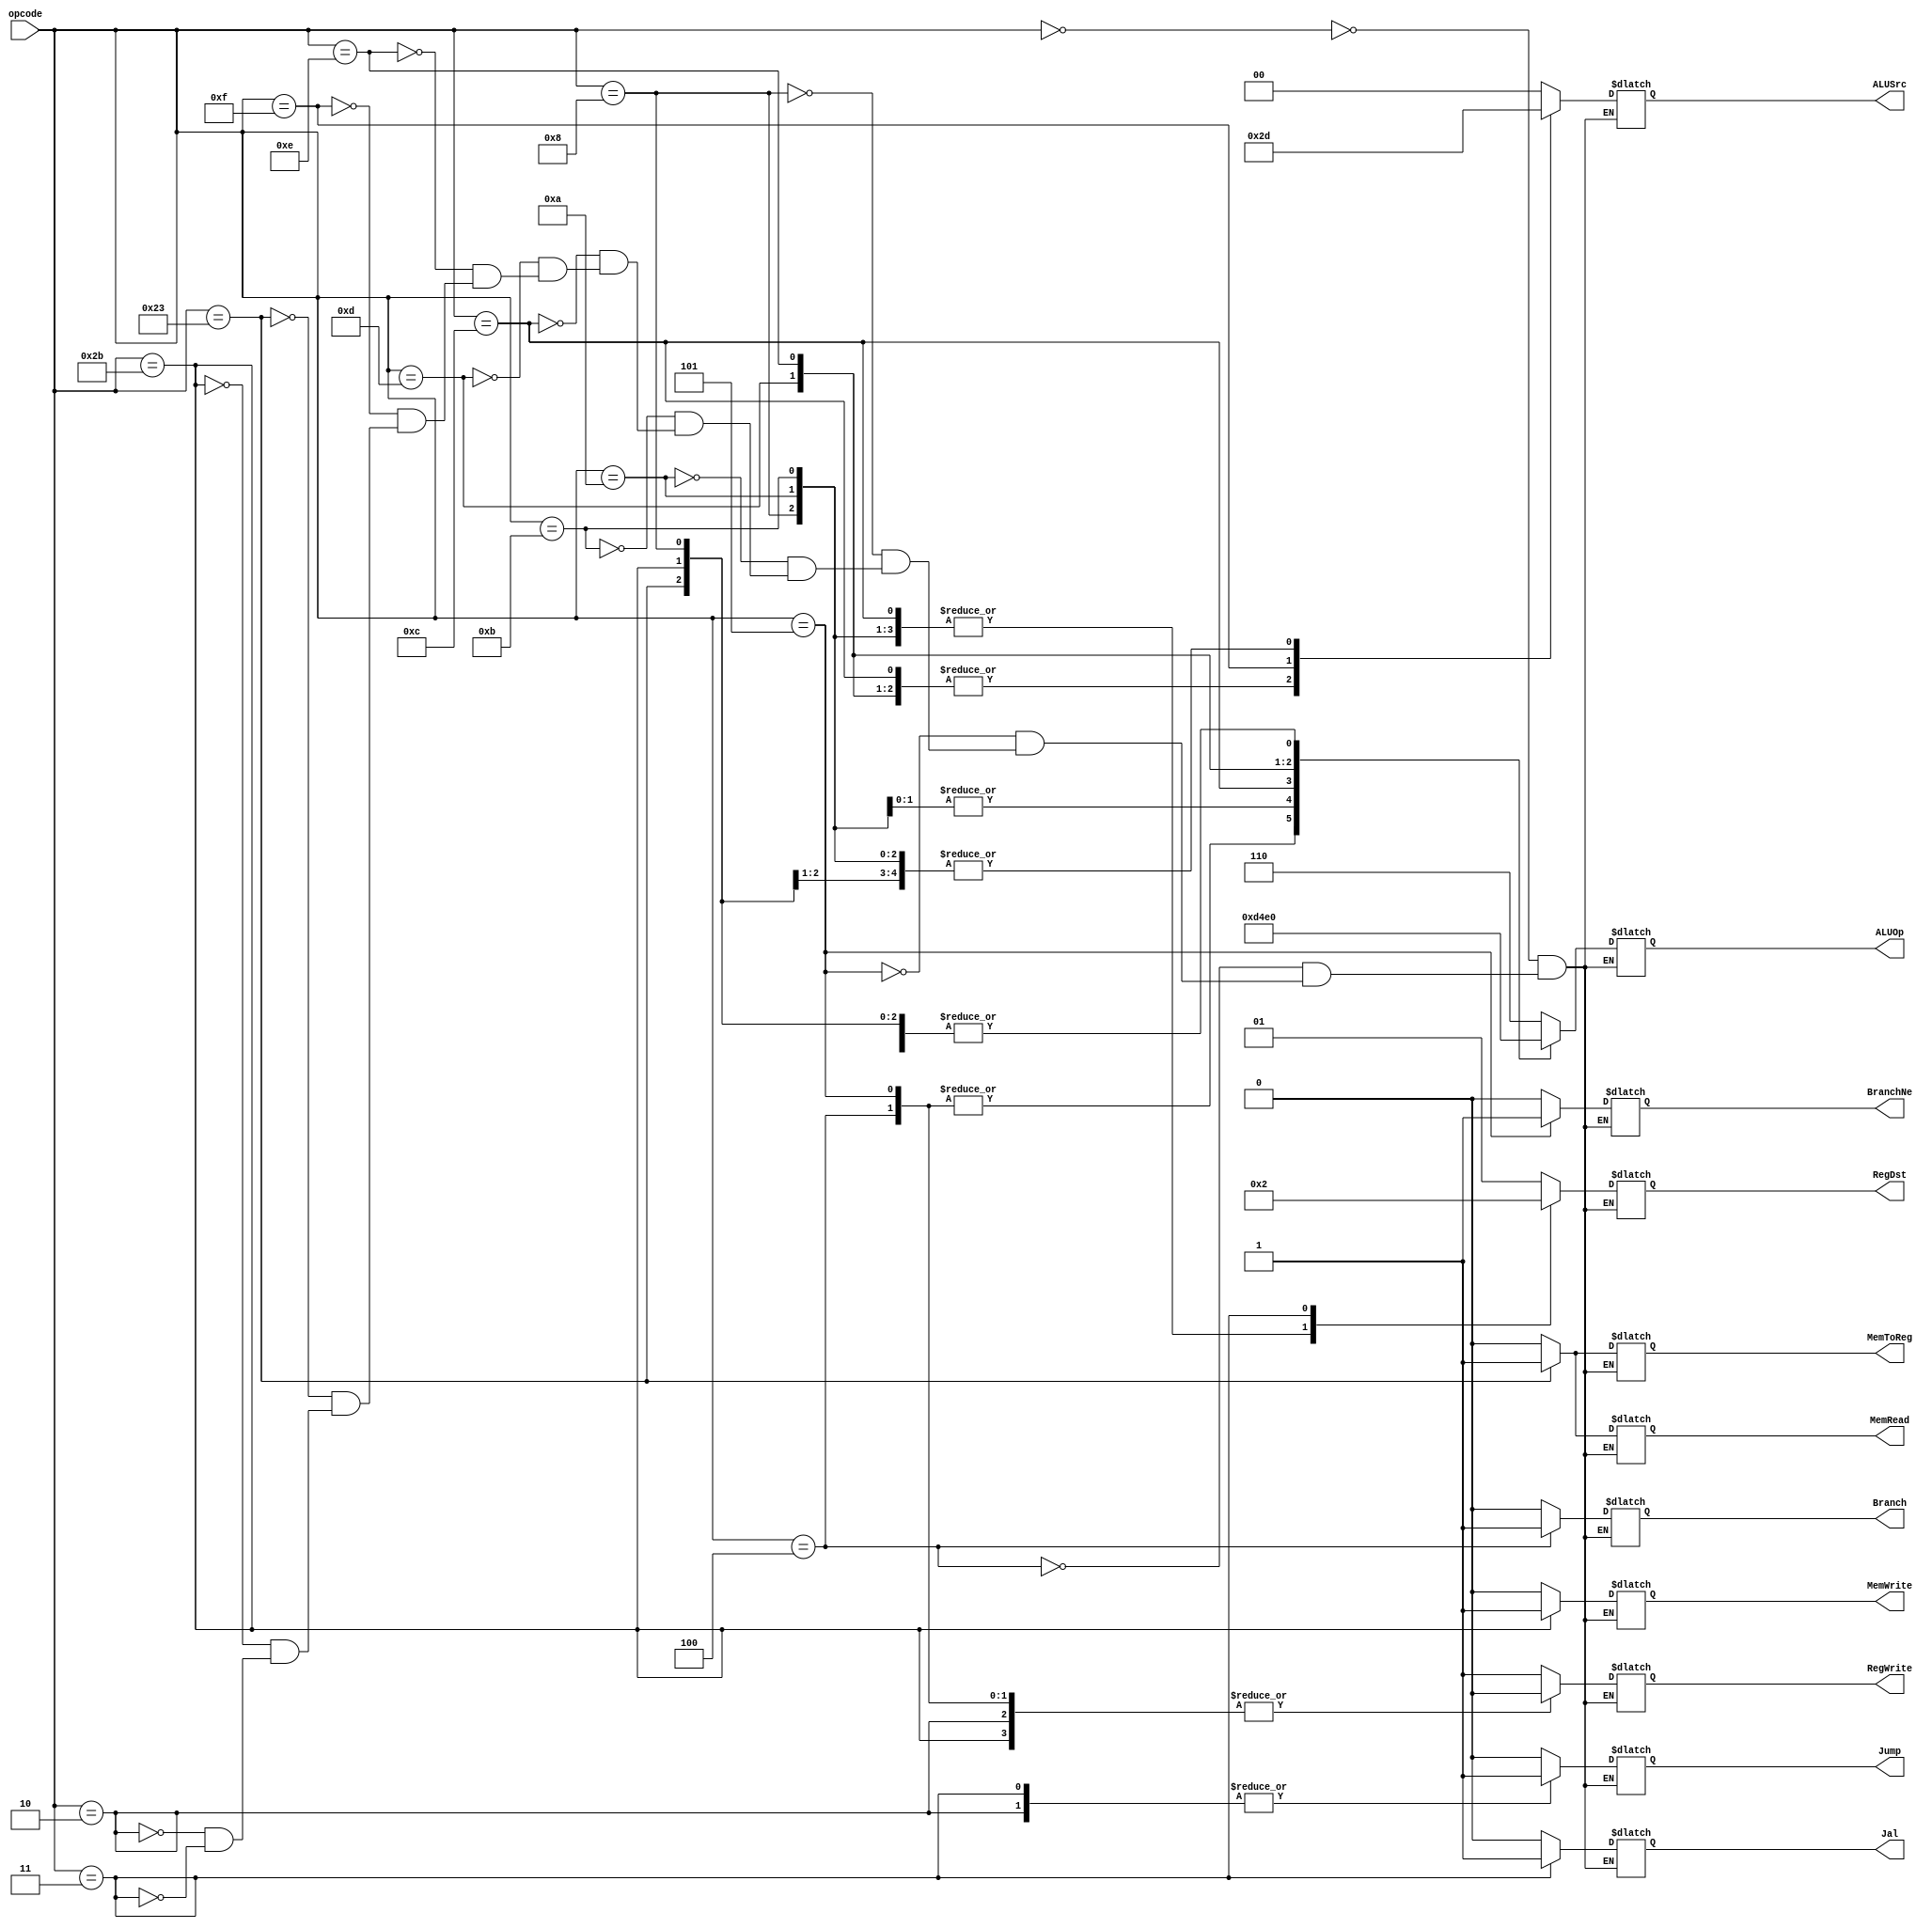
// Mdulo de controle que suporta todas as instrues solicitadas.
/* Referncias:
- https://www.d.umn.edu/~gshute/mips/control-signal-summary.html
- https://courses.cs.washington.edu/courses/cse378/09wi/lectures/lec08.pdf
*/

module ctrl(
        input [5:0] opcode,
        output reg [2:0] ALUOp,
        output reg [1:0] RegDst,
        ALUSrc,
        output reg MemToReg,
        MemWrite,
        MemRead,
        RegWrite,
        Jal,
        Jump,
        BranchNe,
        Branch);

    always @(*)
    begin
        case(opcode)
            // sll, srl, sra, sllv, srlv, srav, jr, add,
            // sub, and, or, xor, nor, slt, sltu
            6'd0: begin
                ALUOp <= 3'b110;
                MemToReg <= 1'b0;
                RegDst <= 2'b01;
                ALUSrc <= 2'b00;
                MemWrite <= 1'b0;
                MemRead <= 1'b0;
                RegWrite <= 1'b1;
                Jal <= 1'b0;
                Jump <= 1'b0;
                BranchNe <= 1'b0;
                Branch <= 1'b0;
            end
            6'd4: begin // beq
                ALUOp <= 3'b001;
                MemToReg <= 1'bX;
                RegDst <= 2'bXX;
                ALUSrc <= 2'b00;
                MemWrite <= 1'b0;
                MemRead <= 1'b0;
                RegWrite <= 1'b0;
                Jal <= 1'b0;
                Jump <= 1'b0;
                BranchNe <= 1'b0;
                Branch <= 1'b1;
            end
            6'd5: begin // bne
                ALUOp <= 3'b001;
                MemToReg <= 1'bX;
                RegDst <= 2'bXX;
                ALUSrc <= 2'b00;
                MemWrite <= 1'b0;
                MemRead <= 1'b0;
                RegWrite <= 1'b0;
                Jal <= 1'b0;
                Jump <= 1'b0;
                BranchNe <= 1'b1;
                Branch <= 1'b0;
            end
            6'd8: begin // addi
                ALUOp <= 3'b000;
                MemToReg <= 1'b0;
                RegDst <= 2'b00;
                ALUSrc <= 2'b01;
                MemWrite <= 1'b0;
                MemRead <= 1'b0;
                RegWrite <= 1'b1;
                Jal <= 1'b0;
                Jump <= 1'b0;
                BranchNe <= 1'b0;
                Branch <= 1'b0;
            end
            6'd10: begin // slti
                ALUOp <= 3'b101;
                MemToReg <= 1'b0;
                RegDst <= 2'b00;
                ALUSrc <= 2'b01;
                MemWrite <= 1'b0;
                MemRead <= 1'b0;
                RegWrite <= 1'b1;
                Jal <= 1'b0;
                Jump <= 1'b0;
                BranchNe <= 1'b0;
                Branch <= 1'b0;
            end
            6'd11: begin // sltiu
                ALUOp <= 3'b101;
                MemToReg <= 1'b0;
                RegDst <= 2'b00;
                ALUSrc <= 2'b01;
                MemWrite <= 1'b0;
                MemRead <= 1'b0;
                RegWrite <= 1'b1;
                Jal <= 1'b0;
                Jump <= 1'b0;
                BranchNe <= 1'b0;
                Branch <= 1'b0;
            end
            6'd12: begin // andi
                ALUOp <= 3'b010;
                MemToReg <= 1'b0;
                RegDst <= 2'b00;
                ALUSrc <= 2'b10;
                MemWrite <= 1'b0;
                MemRead <= 1'b0;
                RegWrite <= 1'b1;
                Jal <= 1'b0;
                Jump <= 1'b0;
                BranchNe <= 1'b0;
                Branch <= 1'b0;
            end
            6'd13: begin // ori
                ALUOp <= 3'b011;
                MemToReg <= 1'b0;
                RegDst <= 2'b00;
                ALUSrc <= 2'b10;
                MemWrite <= 1'b0;
                MemRead <= 1'b0;
                RegWrite <= 1'b1;
                Jal <= 1'b0;
                Jump <= 1'b0;
                BranchNe <= 1'b0;
                Branch <= 1'b0;
            end
            6'd14: begin // xori
                ALUOp <= 3'b100;
                MemToReg <= 1'b0;
                RegDst <= 2'b00;
                ALUSrc <= 2'b10;
                MemWrite <= 1'b0;
                MemRead <= 1'b0;
                RegWrite <= 1'b1;
                Jal <= 1'b0;
                Jump <= 1'b0;
                BranchNe <= 1'b0;
                Branch <= 1'b0;
            end
            6'd15: begin // lui
                ALUOp <= 3'b000;
                MemToReg <= 1'b0;
                RegDst <= 2'b00;
                ALUSrc <= 2'b11;
                MemWrite <= 1'b0;
                MemRead <= 1'b0;
                RegWrite <= 1'b1;
                Jal <= 1'b0;
                Jump <= 1'b0;
                BranchNe <= 1'b0;
                Branch <= 1'b0;
            end
            6'd35: begin // lw
                ALUOp <= 3'b000;
                MemToReg <= 1'b1;
                RegDst <= 2'b00;
                ALUSrc <= 2'b01;
                MemWrite <= 1'b0;
                MemRead <= 1'b1;
                RegWrite <= 1'b1;
                Jal <= 1'b0;
                Jump <= 1'b0;
                BranchNe <= 1'b0;
                Branch <= 1'b0;
            end
            6'd43: begin // sw
                ALUOp <= 3'b000;
                MemToReg <= 1'bX;
                RegDst <= 2'bXX;
                ALUSrc <= 2'b01;
                MemWrite <= 1'b1;
                MemRead <= 1'b0;
                RegWrite <= 1'b0;
                Jal <= 1'b0;
                Jump <= 1'b0;
                BranchNe <= 1'b0;
                Branch <= 1'b0;
            end
            6'd2: begin // j
                ALUOp <= 3'bXXX;
                MemToReg <= 1'bX;
                RegDst <= 2'bXX;
                ALUSrc <= 2'bXX;
                MemWrite <= 1'b0;
                MemRead <= 1'b0;
                RegWrite <= 1'b0;
                Jal <= 1'b0;
                Jump <= 1'b1;
                BranchNe <= 1'bX;
                Branch <= 1'bX;
            end
            6'd3: begin // jal
                ALUOp <= 3'bXXX;
                MemToReg <= 1'bX;
                RegDst <= 2'b10;
                ALUSrc <= 2'bXX;
                MemWrite <= 1'b0;
                MemRead <= 1'b0;
                RegWrite <= 1'b1;
                Jal <= 1'b1;
                Jump <= 1'b1;
                BranchNe <= 1'bX;
                Branch <= 1'bX;
            end
        endcase
    end
endmodule